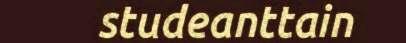
studeanttain